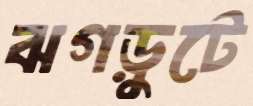
ঝগড়ুটে